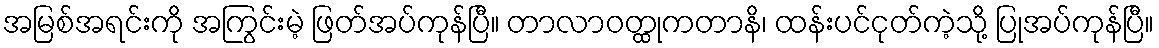
အမြစ်အရင်းကို အကြွင်းမဲ့ ဖြတ်အပ်ကုန်ပြီ။ တာလာဝတ္ထုကတာနိ၊ ထန်းပင်ငုတ်ကဲ့သို့ ပြုအပ်ကုန်ပြီ။